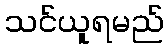
သင်ယူရမည်